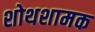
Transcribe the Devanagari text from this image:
शोथशामक